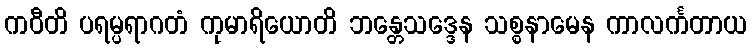
ကဝီတိ ပရမ္ပရာဂတံ ကုမာရိယောတိ ဘန္တေသဒ္ဒေန သစ္စနာမေန ကာလင်္ကတာယ